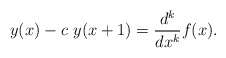
\begin{align*}y(x)-c~y(x+1)=\frac{d^k}{dx^k}f(x).\end{align*}